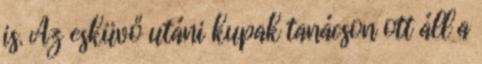
is. Az esküvő utáni kupak tanácson ott áll a